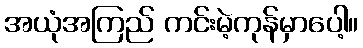
အယုံအကြည် ကင်းမဲ့ကုန်မှာပေါ့။